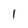
Character: 1